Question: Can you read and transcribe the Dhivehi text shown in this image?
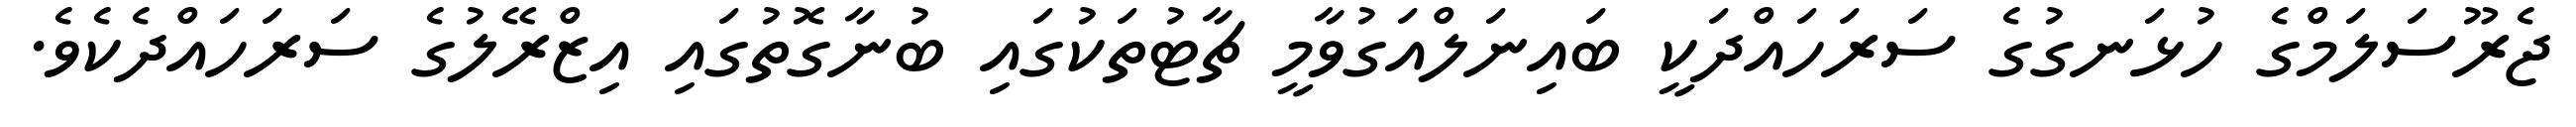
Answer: ޖެރޫސަލަމްގެ ހުޅަނގުގެ ސަރަހައްދަކީ ބައިނަލްއަގުވާމީ ޗާޓުތަކުގައި ބުނާގޮތުގައި އިޒްރޭލުގެ ސަރަހައްދެކެވެ.